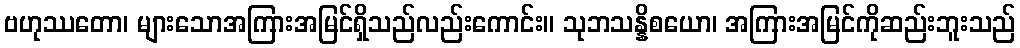
ဗဟုဿတော၊ များသောအကြားအမြင်ရှိသည်လည်းကောင်း။ သုဘသန္နိစယော၊ အကြားအမြင်ကိုဆည်းဘူးသည်